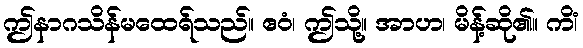
ဤနာဂသိန်မထေရ်သည်။ ဧဝံ၊ ဤသို့။ အာဟ၊ မိန့်ဆို၏။ ကိံ၊